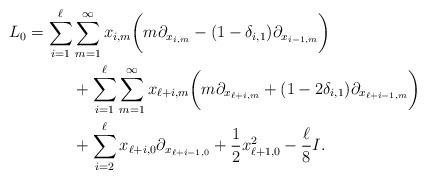
LaTeX: \begin{align*}L_0 =\sum_{i=1}^\ell & \sum_{m =1}^\infty x_{i,m}\bigg(m\partial_{x_{i,m}}-(1-\delta_{i,1})\partial_{x_{i-1,m}}\bigg) \\& +\sum_{i=1}^\ell\sum_{m =1}^\infty x_{\ell+i,m}\bigg(m\partial_{x_{\ell+i,m}}+(1-2\delta_{i,1})\partial_{x_{\ell+i-1,m}}\bigg)\\&+\sum_{i=2}^\ell x_{\ell+i,0} \partial_{x_{\ell+i-1,0}}+ \frac12 x_{\ell+1,0}^2-\frac{\ell}{8} I. \end{align*}